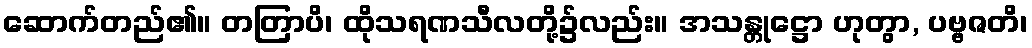
ဆောက်တည်၏။ တတြာပိ၊ ထိုသရဏသီလတို့၌လည်း။ အသန္တုဋ္ဌော ဟုတွာ, ပဗ္ဗဇတိ၊